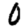
Digit: 0